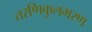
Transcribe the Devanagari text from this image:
तरणिकुलभरण